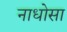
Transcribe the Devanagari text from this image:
नाधोसा